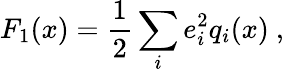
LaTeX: F_{1}(x)={\frac{1}{2}}\sum_{i}e_{i}^{2}q_{i}(x)\ ,